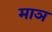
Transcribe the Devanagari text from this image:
माञ